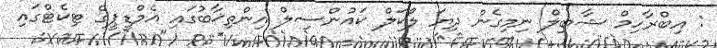
: އިބްރާހިމް ޝާބިލް ނިމިގެން ދިޔަ ލޯކަލް ކައުންސިލް އިންތިޚާބުގައި އެމްޑީޕީގެ ޓިކެޓްގައި